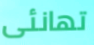
تهانئى